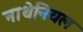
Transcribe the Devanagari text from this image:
नाथेनियल